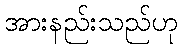
အားနည်းသည်ဟု